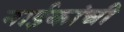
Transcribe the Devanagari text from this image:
नाईकांची